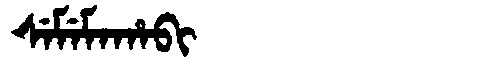
Manchu: ᠰᡝᠮᡝᠮᠠᡥᠠᠪᡳ
Romanization: SEMEMAHABI